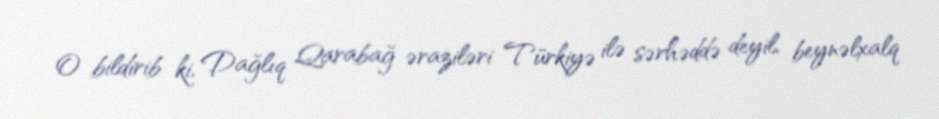
O bildirib ki, Dağlıq Qarabağ əraziləri Türkiyə ilə sərhəddə deyil, beynəlxalq